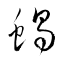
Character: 蝎